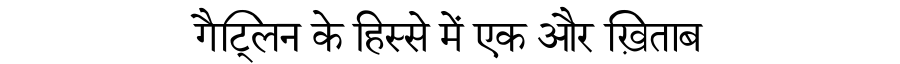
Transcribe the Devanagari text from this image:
गैट्लिन के हिस्से में एक और ख़िताब